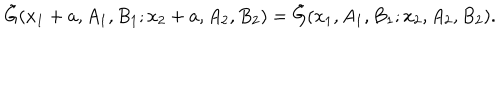
\tilde { G } ( x _ { 1 } + a , A _ { 1 } , B _ { 1 } ; x _ { 2 } + a , A _ { 2 } , B _ { 2 } ) = \tilde { G } ( x _ { 1 } , A _ { 1 } , B _ { 1 } ; x _ { 2 } , A _ { 2 } , B _ { 2 } ) .